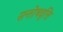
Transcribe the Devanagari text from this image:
सन्तोषवृत्ति